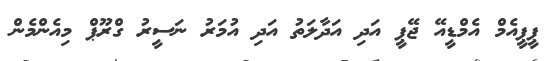
ޕީޕީއެމް އެމްޑީއޭ ޖޭޕީ އަދި އަދާލަތު އަދި އުމަރު ނަސީރު ގްރޫޕް މިއެންމެން